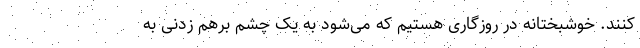
کنند. خوشبختانه در روزگاری هستیم که می‌شود به یک چشم برهم زدنی به